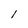
Character: l